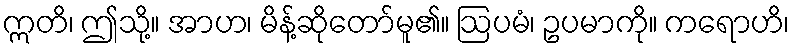
ဣတိ၊ ဤသို့။ အာဟ၊ မိန့်ဆိုတော်မူ၏။ ဩပမံ၊ ဥပမာကို။ ကရောဟိ၊